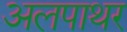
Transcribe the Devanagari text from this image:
अलपाथर